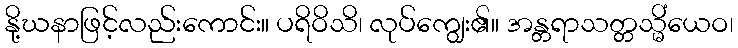
နို့ဃနာဖြင့်လည်းကောင်း။ ပရိဝိသိ၊ လုပ်ကျွေး၏။ အန္တရာသတ္တသ္မိံယေဝ၊